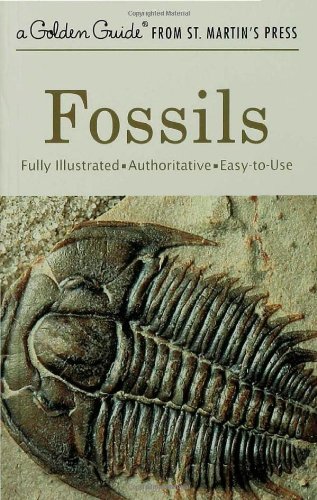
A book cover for Fossils (A Golden Guide from St. Martin's Press); Frank H. T. Rhodes; Science & Math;